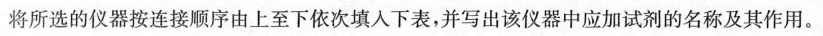
将所选的仪器按连接顺序由上至下依次填入下表，并写出该仪器中应加试剂的名称及其作用。